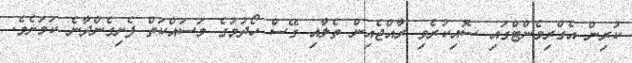
ކުރިން އެގްރިމެންޓްގައި ސޮއިކުރެވި ރާއްޖެއިން ތެލާއި ގޭސް ހޯދުމުގެ މަސައްކަތް ފެށިގެންދާނެ ކަމަށެވެ.